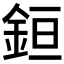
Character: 𰼧